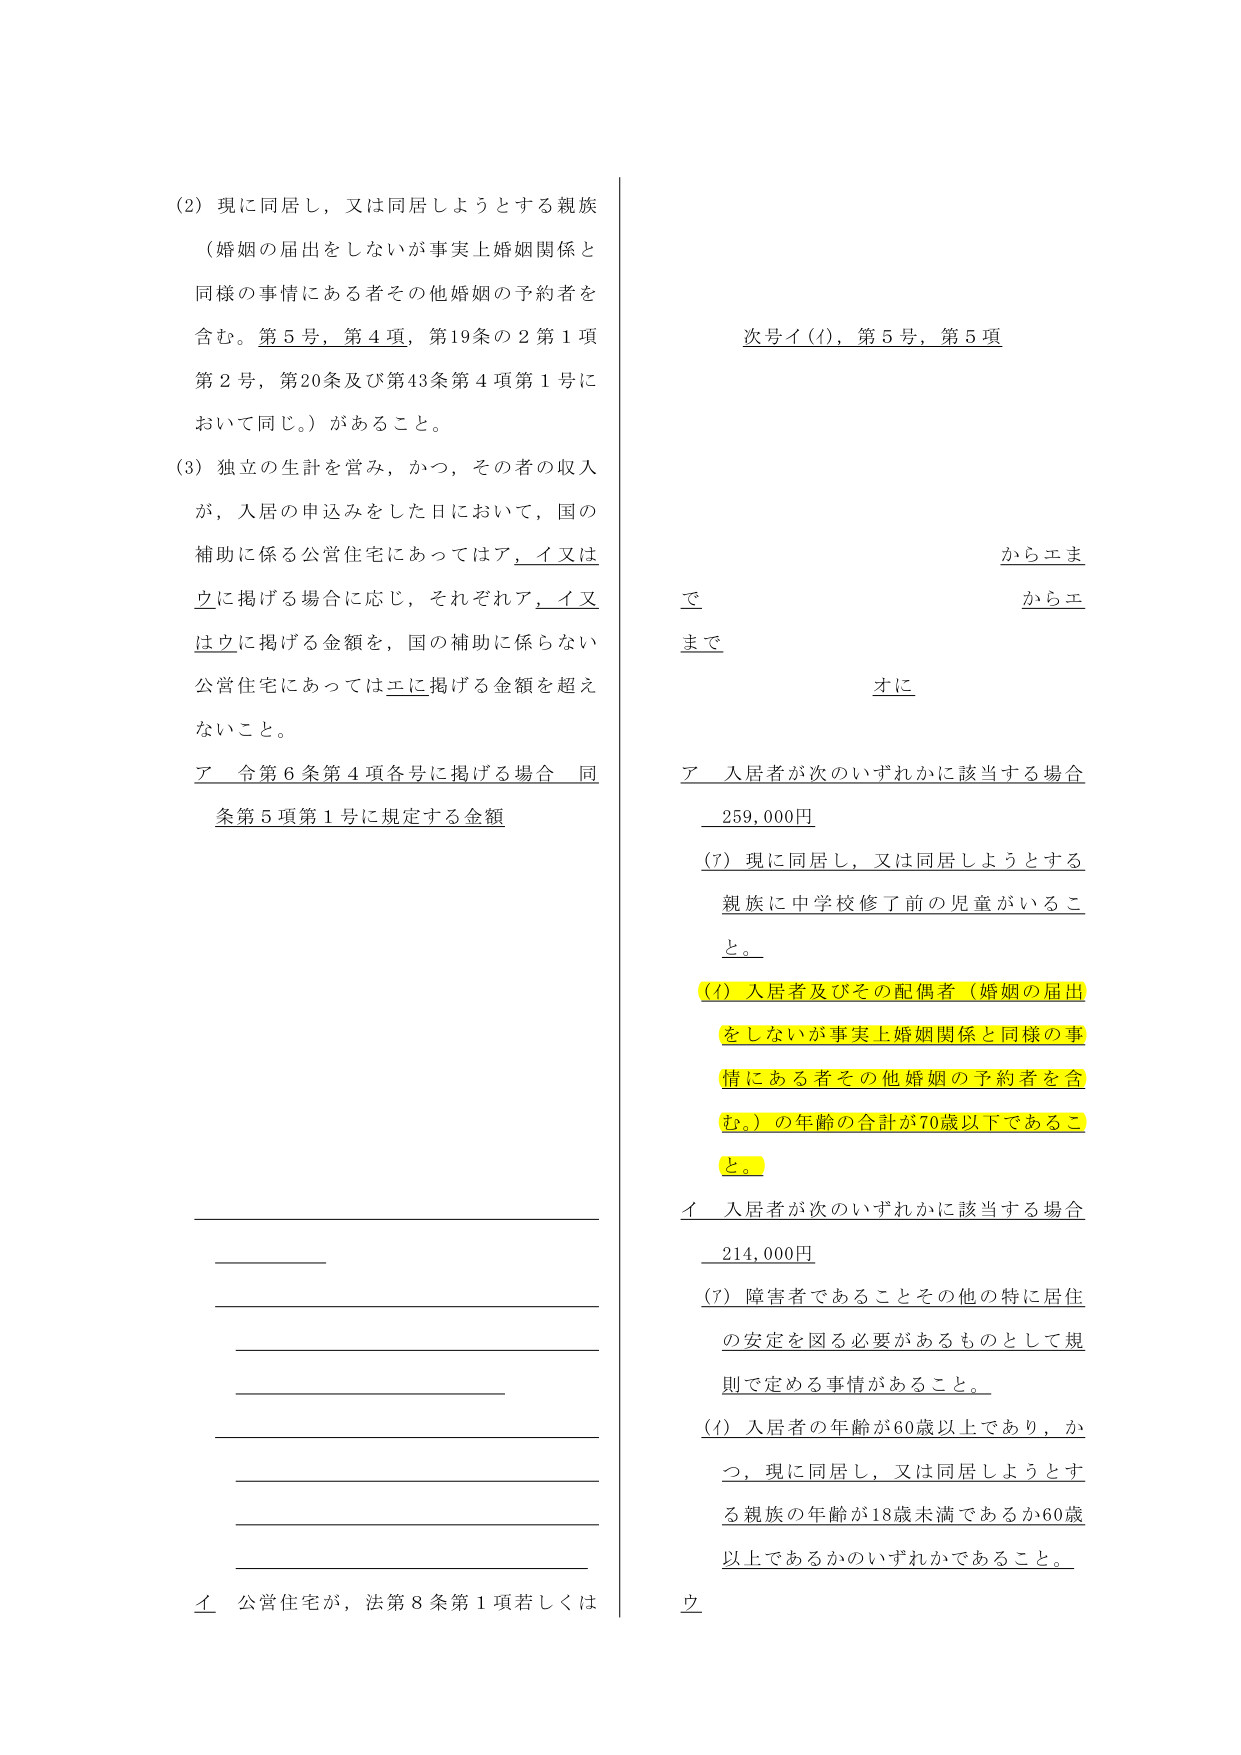
(2) 現に同居し，又は同居しようとする親族
（婚姻の届出をしないが事実上婚姻関係と
同様の事情にある者その他婚姻の予約者を
含む。第5号，第4項，第19条の2第1項
第2号，第20条及び第43条第4項第1号に
おいて同じ。）があること。

(3) 独立の生計を営み，かつ，その者の収入
が，入居の申込みをした日において，国の
補助に係る公営住宅にあってはア，イ又は
ウに掲げる場合に応じ，それぞれア，イ又
はウに掲げる金額を，国の補助に係らない
公営住宅にあってはエに掲げる金額を超え
ないこと。

ア 令第6条第4項各号に掲げる場合 同
条第5項第1号に規定する金額

イ 公営住宅が，法第8条第1項若しくは

次号イ(イ)，第5号，第5項

からエま
で
からエ
まで
オに

ア 入居者が次のいずれかに該当する場合
259,000円

(7) 現に同居し，又は同居しようとする
親族に中学校修了前の児童がいるこ
と。

(イ) 入居者及びその配偶者（婚姻の届出
をしないが事実上婚姻関係と同様の事
情にある者その他婚姻の予約者を含
む。）の年齢の合計が70歳以下であるこ
と。

イ 入居者が次のいずれかに該当する場合
214,000円

(7) 障害者であることその他の特に居住
の安定を図る必要があるものとして規
則で定める事情があること。

(イ) 入居者の年齢が60歳以上であり，か
つ，現に同居し，又は同居しようとする
親族の年齢が18歳未満であるか60歳
以上であるかのいずれかであること。

ウ